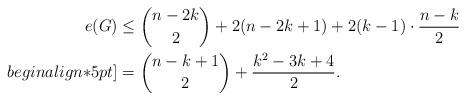
LaTeX: \begin{align*}e(G) &\leq \binom{n-2k}{2}+2(n-2k+1)+2(k-1)\cdot\frac{n-k}{2} \\begin{align*}5pt]&=\binom{n-k+1}{2}+\frac{k^2-3k+4}{2}.\end{align*}